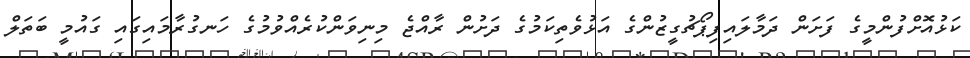
ކަޅުއޮށްފުންމީގެ ފަށަން ދަމާލައިފިޕޯޗުގީޒުންގެ އަޅުވެތިކަމުގެ ދަށުން ރާއްޖެ މިނިވަންކުރެއްވުމުގެ ހަނގުރާމައިގައި ގައުމީ ބަތަލް